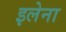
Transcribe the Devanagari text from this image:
इलेना